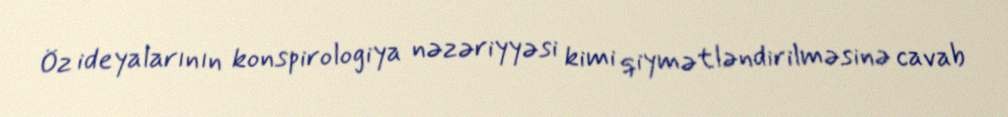
Öz ideyalarının konspirologiya nəzəriyyəsi kimi qiymətləndirilməsinə cavab